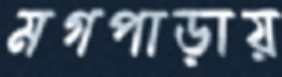
মগপাড়ায়